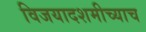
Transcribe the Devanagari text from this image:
विजयादशमीच्याच